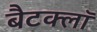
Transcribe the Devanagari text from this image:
बैटक्लॉ